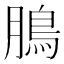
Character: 𩿊